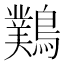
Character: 䴆